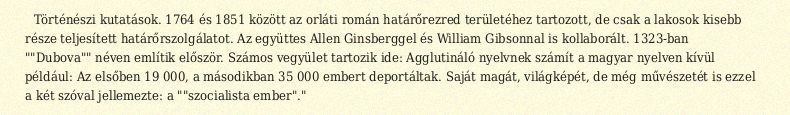
Történészi kutatások. 1764 és 1851 között az orláti román határőrezred területéhez tartozott, de csak a lakosok kisebb része teljesített határőrszolgálatot. Az együttes Allen Ginsberggel és William Gibsonnal is kollaborált. 1323-ban ""Dubova"" néven említik először. Számos vegyület tartozik ide: Agglutináló nyelvnek számít a magyar nyelven kívül például: Az elsőben 19 000, a másodikban 35 000 embert deportáltak. Saját magát, világképét, de még művészetét is ezzel a két szóval jellemezte: a ""szocialista ember"."